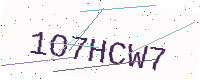
Text: 1O7HCW7